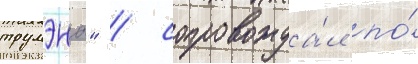
трумэна" / сопровожда́л по́